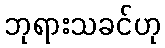
ဘုရားသခင်ဟု